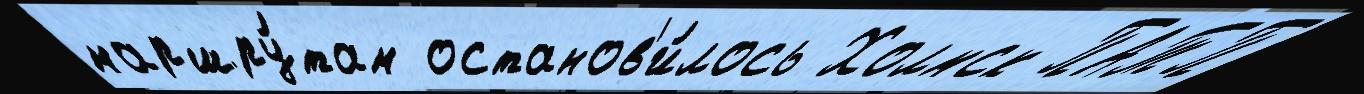
маршру́там останов'и́лось Холмск ПАТП